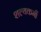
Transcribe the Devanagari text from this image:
शल्यकर्मी